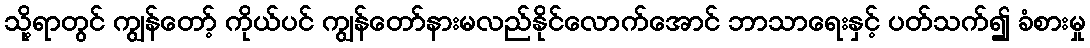
သို့ရာတွင် ကျွန်တော့် ကိုယ်ပင် ကျွန်တော်နားမလည်နိုင်လောက်အောင် ဘာသာရေးနှင့် ပတ်သက်၍ ခံစားမှု